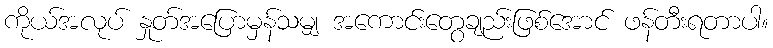
ကိုယ်အလုပ် နှုတ်အပြောမှန်သမျှ အကောင်းတွေချည်းဖြစ်အောင် ဖန်တီးရတာပါ။